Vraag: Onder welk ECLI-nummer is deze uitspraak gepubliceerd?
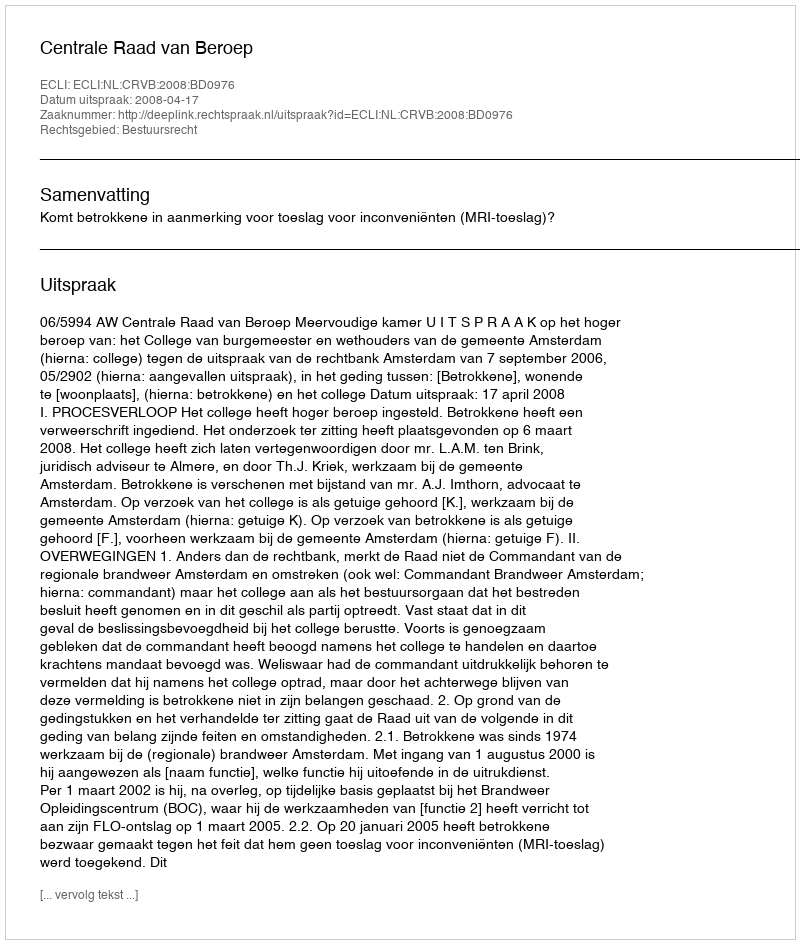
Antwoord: ECLI:NL:CRVB:2008:BD0976